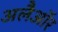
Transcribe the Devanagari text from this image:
अलैऑर